Lunatic asylums Central Provinces reports 1874-1885 - 1874-1885
Year: 1874
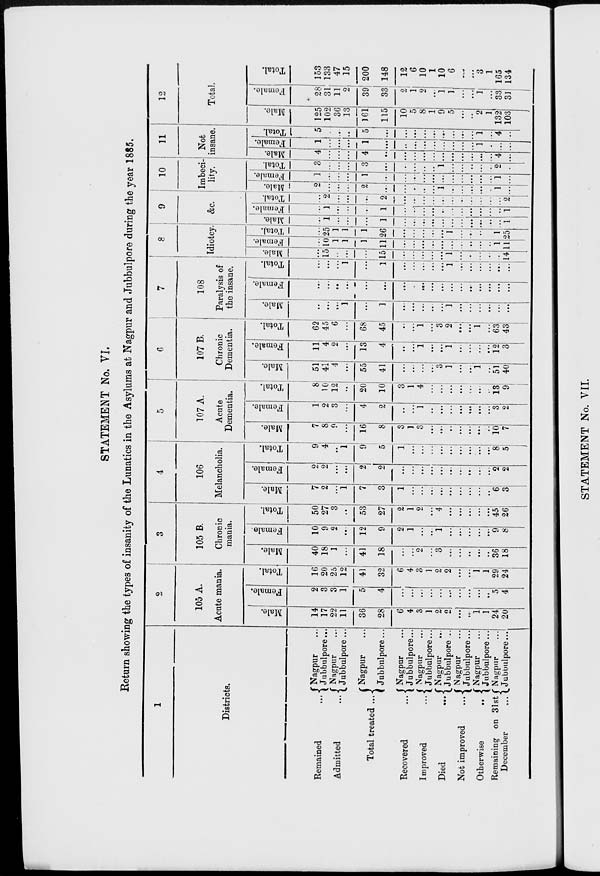
STATEMENT No. VI.
Return showing the types of insanity of the Lunatics in the Asylums at Nagpur and Jubbulpore during the year 1885.
1
Districts.
Remained
...
Admitted
...
Total treated ...
Recovered
...
Improved
...
Died
...
Not improved
...
Otherwise
...
Remaining on 31st
December
...
Nagpur ...
Jubbulpore...
Nagpur ...
Jubbulpore...
Nagpur ...
Jubbulpore...
Nagpur ...
Jubbulpore...
Nagpur ...
Jubbulpore...
Nagpur ...
Jubbulpore ...
Nagpur ...
Jubbulpore...
Nagpur ...
Jubbulpore...
Nagpur ...
Jubbulpore...
2
105 A.
Acute mania.
Male.
14
17
22
11
36
28
6
4
3
1
2
2
...
...
1
1
24
20
Female.
2
3
3
1
5
4
...
...
...
...
...
...
...
...
...
...
5
4
Total.
16
20
25
12
41
32
6
4
3
1
2
2
...
...
1
1
29
24
3
105 B.
Chronic
mania.
Male.
40
18
1
...
41
18
...
...
2
...
3
...
...
...
...
...
36
18
Female.
10
9
2
...
12
9
2
1
...
...
1
...
...
...
...
...
9
8
Total.
50
27
3
...
53
27
2
1
2
...
4
...
...
...
...
...
45
26
4
106
Melancholia.
Male.
7
2
...
1
7
3
1
...
...
...
...
...
...
...
...
...
6
3
Female.
2
2
...
...
2
2
...
...
...
...
...
...
...
...
...
...
2
2
Total.
9
4
...
1
9
5
1
...
...
...
...
...
...
...
...
...
8
5
5
107 A.
Acute
Dementia.
Male.
7
8
9
...
16
8
3
1
3
...
...
...
...
...
...
...
10
7
Female.
1
2
3
...
4
2
...
...
1
...
...
...
...
...
...
...
3
2
Total.
8
10
12
...
20
10
3
1
4
...
...
...
...
...
...
...
13
9
6
107 B.
Chronic
Dementia.
Male.
51
41
4
...
55
41
...
...
...
...
3
1
...
...
1
...
51
40
Female.
11
4
2
...
13
4
...
...
1
...
...
1
...
...
...
...
12
3
Total.
62
45
6
...
68
45
...
...
1
...
3
2
...
...
1
...
63
43
7
108
Paralysis of
the insane.
Male.
...
...
...
1
...
1
...
...
...
...
...
1
...
...
...
...
...
...
Female.
...
...
...
...
...
...
...
...
...
...
...
...
...
...
...
...
...
...
Total.
...
...
...
1
...
1
...
...
...
...
...
1
...
...
...
...
...
...
8
Idiotcy.
Male.
...
15
...
...
...
15
...
...
...
...
...
1
...
...
...
...
...
14
Female.
...
10
1
1
1
11
...
...
...
...
...
...
...
...
...
...
1
11
Total.
...
25
1
1
1
26
...
...
...
...
...
1
...
...
...
...
1
25
9
&c.
Male.
...
1
...
...
...
1
...
...
...
...
...
...
...
...
...
...
...
1
Female.
...
1
...
...
...
1
...
...
...
...
...
...
...
...
...
...
...
1
Total.
...
2
...
...
...
2
...
...
...
...
...
...
...
...
...
...
...
2
10
Imbeci-
lity.
Male.
2
...
...
...
2
...
...
...
...
...
1
...
...
...
...
...
1
...
Female.
1
...
...
...
1
...
...
...
...
...
...
...
...
...
...
...
1
...
Total.
3
...
...
...
3
...
...
...
...
...
1
...
...
...
...
...
2
...
11
Not
insane.
Male.
4
...
...
...
4
...
...
...
...
...
...
...
...
...
...
...
4
...
Female.
1
...
...
...
1
...
...
...
...
...
...
...
...
...
1
...
...
...
Total.
5
...
...
...
5
...
...
...
...
...
...
...
...
...
1
...
4
...
12
Total.
Male.
125
102
36
13
161
115
10
5
8
1
9
5
...
...
2
1
132
103
Female.
28
31
11
2
39
33
2
1
2
...
1
1
...
...
1
...
33
31
Total.
153
133
47
15
200
148
12
6
10
1
10
6
...
...
3
1
165
134